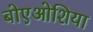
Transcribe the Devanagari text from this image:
बोएओशिया